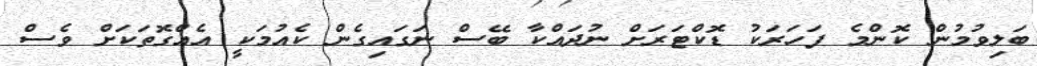
ބަލިވުމުން ކޮންމެ ފަހަރަކު ޑޮކްޓަރަށް ނުދައްކާ ބޭސް ނަގައިގެން ކެއުމަކީ އެއްގޮތަކަށް ވެސް